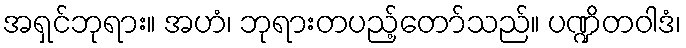
အရှင်ဘုရား။ အဟံ၊ ဘုရားတပည့်တော်သည်။ ပဏ္ဍိတဝါဒံ၊